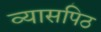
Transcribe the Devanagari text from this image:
व्यासपिठ